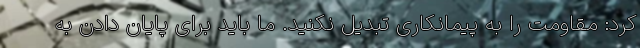
کرد: مقاومت را به پیمانکاری تبدیل نکنید. ما باید برای پایان دادن به